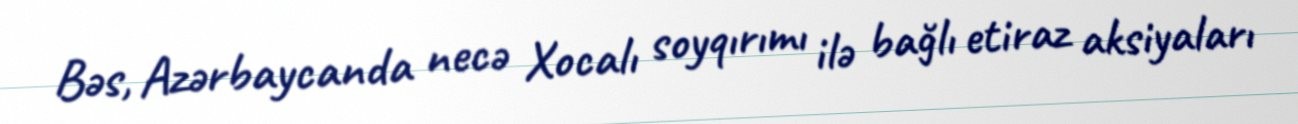
Bəs, Azərbaycanda necə Xocalı soyqırımı ilə bağlı etiraz aksiyaları